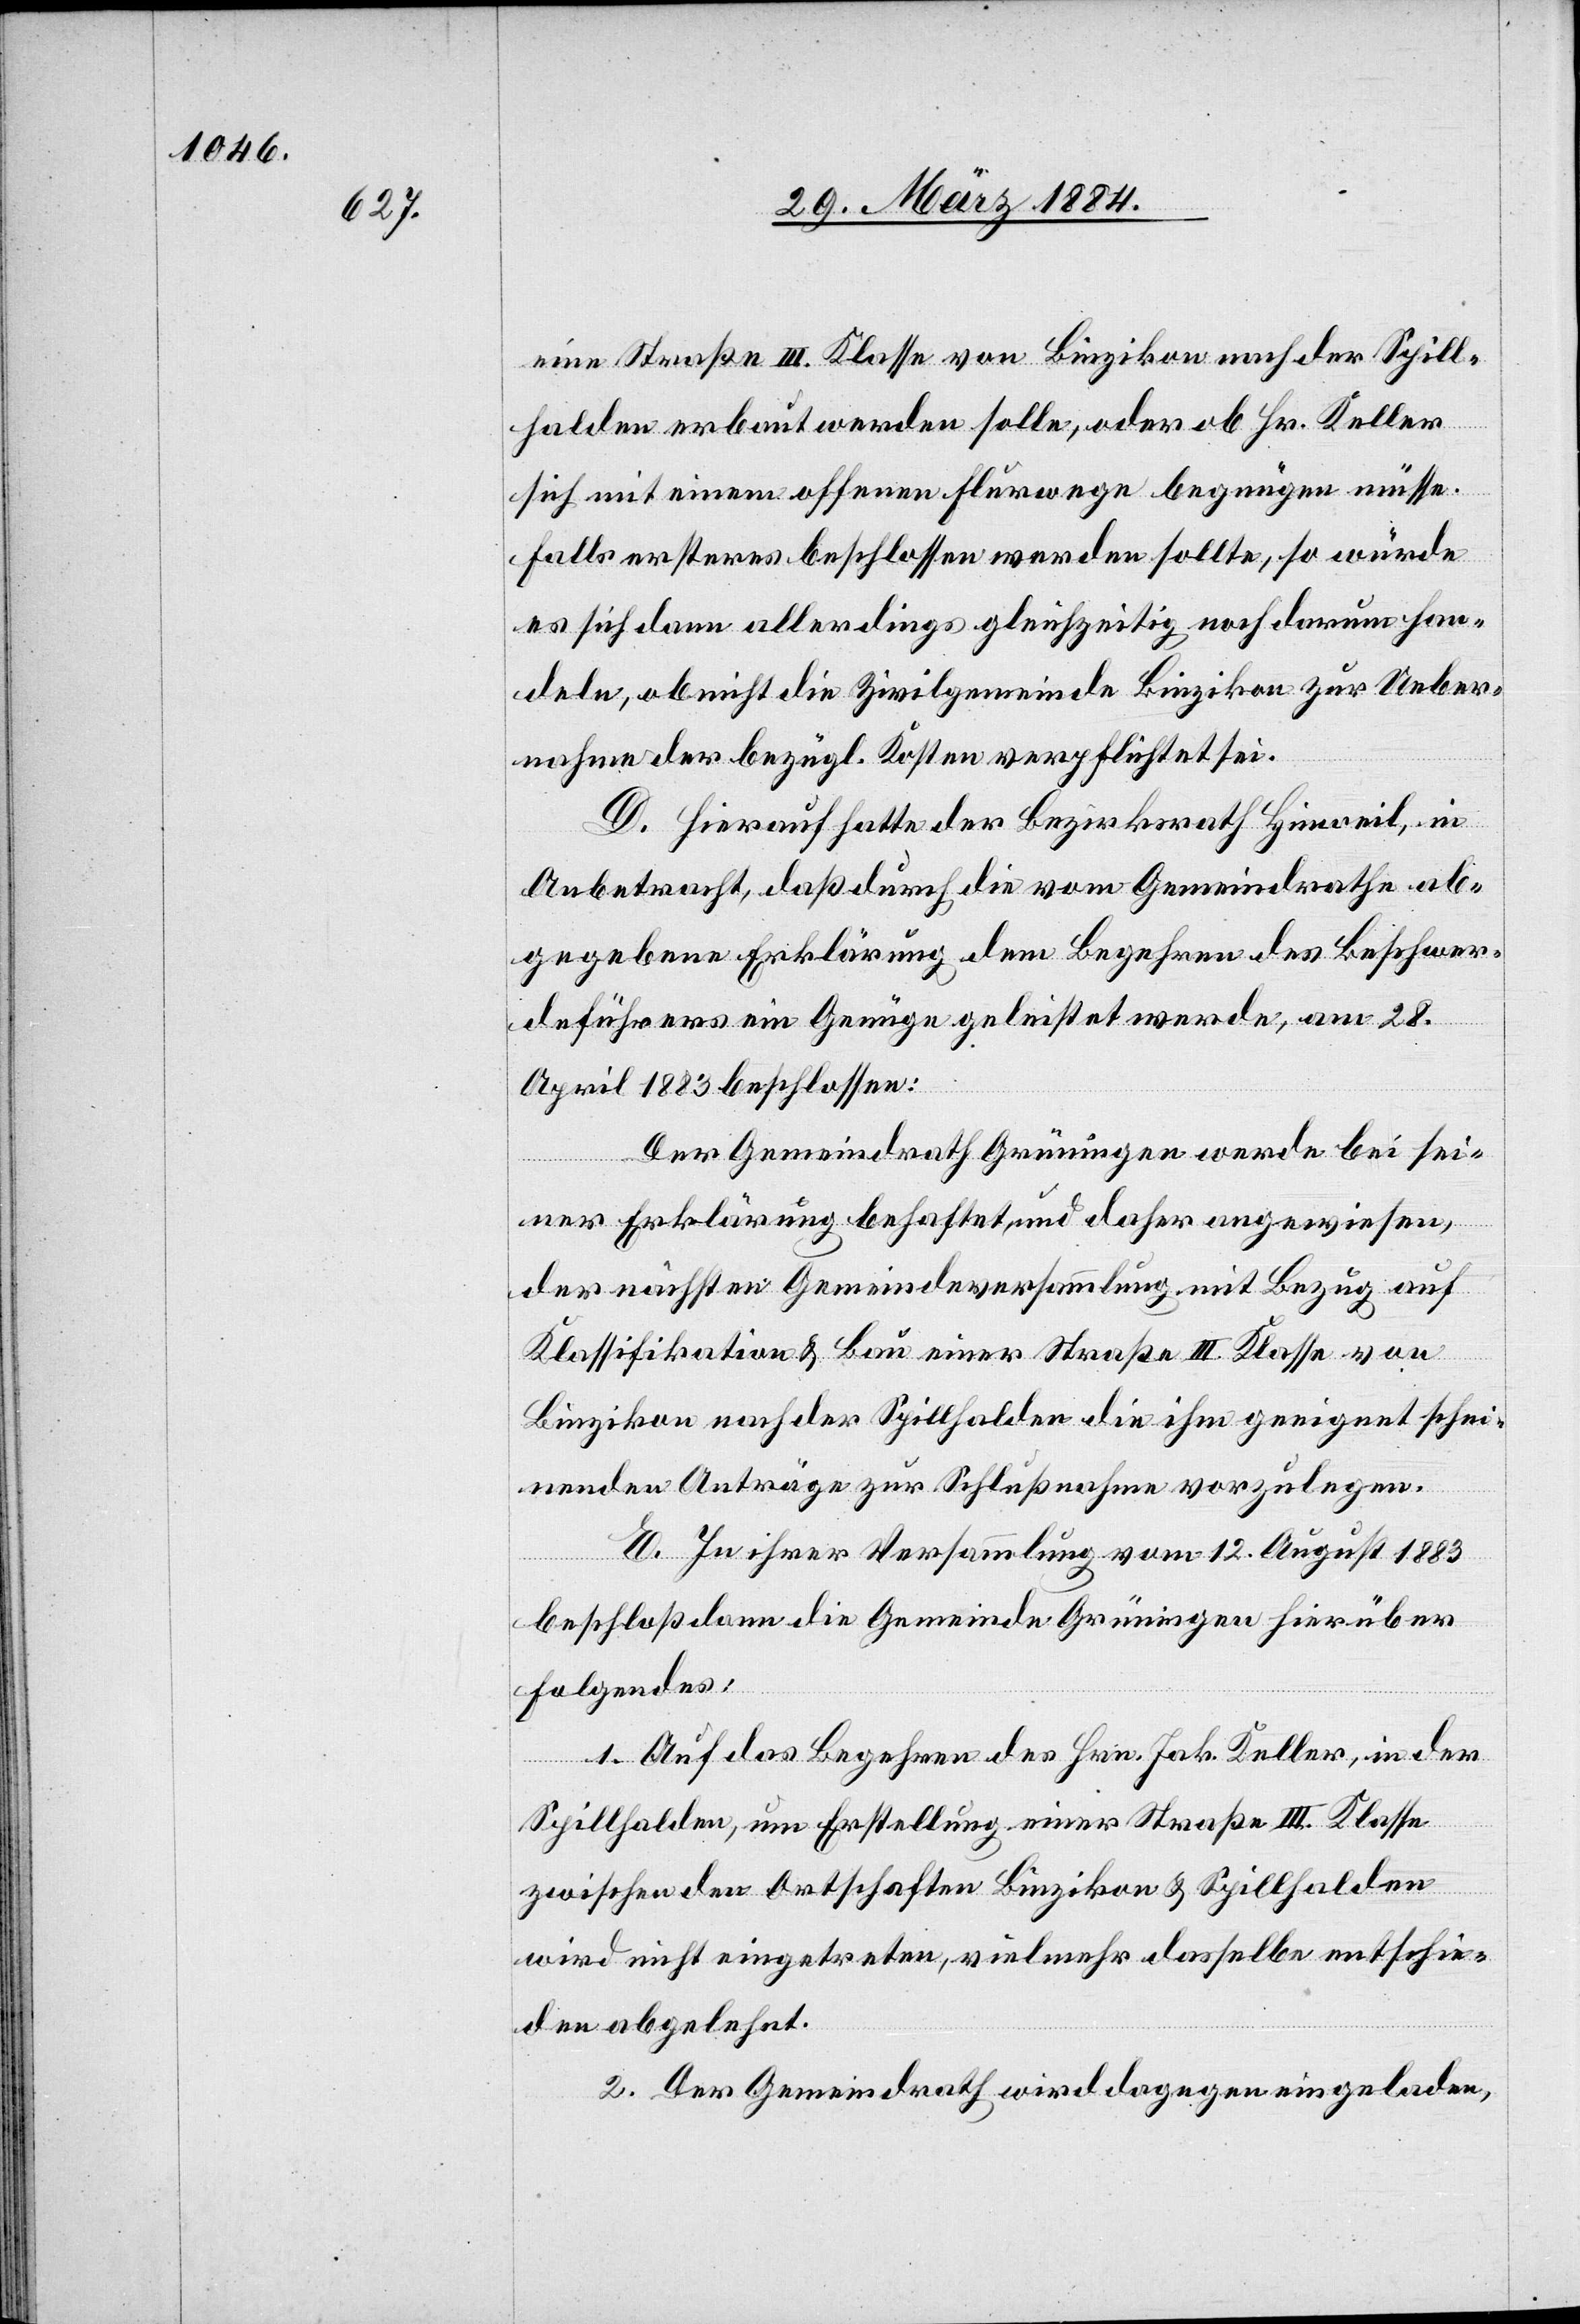
eine Straße III. Klasse von Binzikon nach der Spill¬
halden erbaut werden solle, oder ob Hr. Keller
sich mit einem offenen Flurwege begnügen müsse.
Falls ersteres beschlossen werden sollte, so würde
es sich dann allerdings gleichzeitig noch darum han¬
deln, ob nicht die Zivilgemeinde Binzikon zur Ueber¬
nahme der bezügl. Kosten verpflichtet sei.
D. Hierauf hatte der Bezirksrath Hinweil, in
Anbetracht, daß durch die vom Gemeindrathe ab¬
gegebene Erklärung dem Begehren des Beschwer¬
deführers nie Genüge geleistet werde, am 28.
April 1883 beschlossen:
Der Gemeindrath Grüningen werde bei sei¬
ner Erklärung behaftet, und daher angewiesen,
der nächsten Gemeindeversammlung mit Bezug auf
Klassifikation & Bau einer Straße III. Klasse von
Binzikon nach der Spillhalden die ihm geeignet schei¬
nenden Anträge zur Schlußnahme vorzulegen.
E. In ihrer Versammlung vom 12. August 1883
beschloß dann die Gemeinde Grüningen hierüber
Folgendes:
1. Auf das Begehren des Hrn. Jak. Keller, in der
Spillhalden, um Erstellung einer Straße III. Klasse
zwischen den Ortschaften Binzikon & Spillhalden
wird nicht eingetreten, vielmehr dasselbe entschie¬
den abgelehnt.
2. Der Gemeindrath wird dagegen eingeladen,